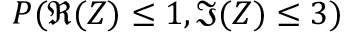
P ( \Re { ( Z ) } \leq 1 , \Im { ( Z ) } \leq 3 )